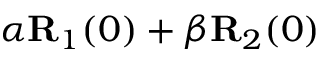
\alpha { \bf R } _ { 1 } ( 0 ) + \beta { \bf R } _ { 2 } ( 0 )